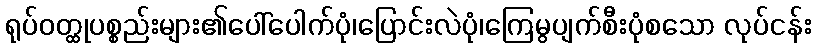
ရုပ်ဝတ္ထုပစ္စည်းများ၏ပေါ်ပေါက်ပုံ၊ပြောင်းလဲပုံ၊ကြေမွပျက်စီးပုံစသော လုပ်ငန်း